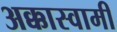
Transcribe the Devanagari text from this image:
अक्कास्वामी